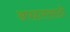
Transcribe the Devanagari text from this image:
अपहारासाठी